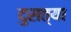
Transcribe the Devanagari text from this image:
दुसत्‍या